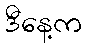
ဒီနေ့က